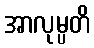
အာလုမ္ပတိ